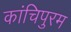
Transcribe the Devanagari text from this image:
कांचिपुरम